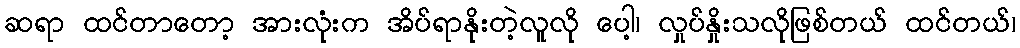
ဆရာ ထင်တာတော့ အားလုံးက အိပ်ရာနိုးတဲ့လူလို ပေါ့၊ လှုပ်နှိုးသလိုဖြစ်တယ် ထင်တယ်၊